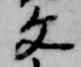
文